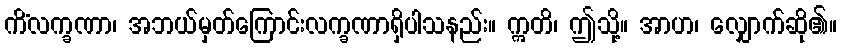
ကိံလက္ခဏာ၊ အဘယ်မှတ်ကြောင်းလက္ခဏာရှိပါသနည်း။ ဣတိ၊ ဤသို့။ အာဟ၊ လျှောက်ဆို၏။